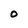
Character: O